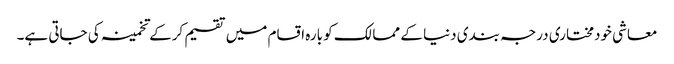
معاشی خودمختاری درجہ بندی دنیا کے ممالک کو بارہ اقسام میں تقسیم کرکے تخمینہ کی جاتی ہے۔